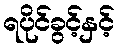
ရပိုင်ခွင့်နှင့်